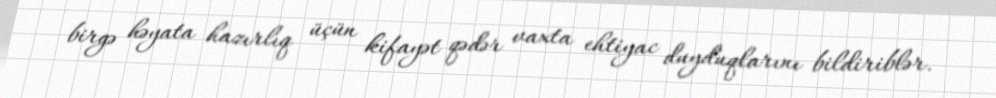
birgə həyata hazırlıq üçün kifayət qədər vaxta ehtiyac duyduqlarını bildiriblər.